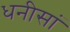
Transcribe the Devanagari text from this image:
धनीसां